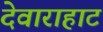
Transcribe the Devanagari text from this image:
देवाराहाट